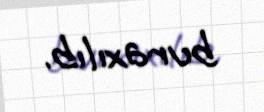
buraxılıb.